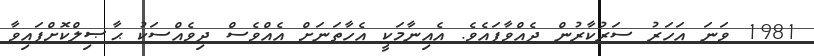
1981 ވަނަ އަހަރު ސަރުކާރުން ދެއްވާފައެވެ. އެއިނާމަކީ އެހާތަނަށް އެއްވެސް ދިވެއްސަކު ޙާޞިލްކޮށްފައިވާ